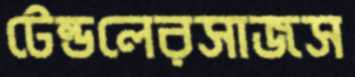
টেন্ডলেরসাজস